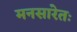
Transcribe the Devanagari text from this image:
मनसारेतः